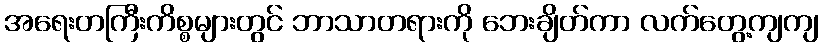
အရေးတကြီးကိစ္စများတွင် ဘာသာတရားကို ဘေးချိတ်ကာ လက်တွေ့ကျကျ